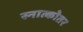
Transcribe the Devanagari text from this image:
स्नात्कोतर